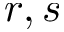
r , s